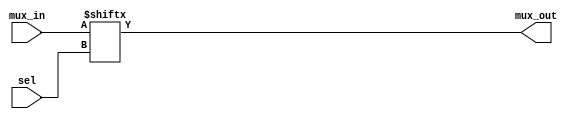
module mux_4_to_1(
  output mux_out,
  input [1:0] sel,
  input [3:0] mux_in
);

  assign mux_out = mux_in[sel];

endmodule

module mux_8_to_1(
  output mux_out,
  input [2:0] sel,
  input [7:0] mux_in
);

  assign mux_out = mux_in[sel];

endmodule

module demux_1_to_2_pol(
  input  mux_in,
  input  pol,
  input  sel,
  output [1:0] mux_out
);

  assign mux_out[0] = (mux_in & ~sel) ^ pol;
  assign mux_out[1] = (mux_in &  sel) ^ pol;

endmodule

module demux_1_to_4_pol(
  input  mux_in,
  input  pol,
  input  [1:0] sel,
  output [3:0] mux_out
);

  assign mux_out[0] = (mux_in &  ~sel[1] &~sel[0]) ^ pol;
  assign mux_out[1] = (mux_in &  ~sel[1] & sel[0]) ^ pol;
  assign mux_out[2] = (mux_in &   sel[1] &~sel[0]) ^ pol;
  assign mux_out[3] = (mux_in &   sel[1] & sel[0]) ^ pol;

endmodule

module demux_1_to_8_pol(
  input  mux_in,
  input  pol,
  input  [2:0] sel,
  output [7:0] mux_out
);

  assign mux_out[0] = (mux_in & ~sel[2] & ~sel[1] &~sel[0]) ^ pol;
  assign mux_out[1] = (mux_in & ~sel[2] & ~sel[1] & sel[0]) ^ pol;
  assign mux_out[2] = (mux_in & ~sel[2] &  sel[1] &~sel[0]) ^ pol;
  assign mux_out[3] = (mux_in & ~sel[2] &  sel[1] & sel[0]) ^ pol;
  assign mux_out[4] = (mux_in &  sel[2] & ~sel[1] &~sel[0]) ^ pol;
  assign mux_out[5] = (mux_in &  sel[2] & ~sel[1] & sel[0]) ^ pol;
  assign mux_out[6] = (mux_in &  sel[2] &  sel[1] &~sel[0]) ^ pol;
  assign mux_out[7] = (mux_in &  sel[2] &  sel[1] & sel[0]) ^ pol;

endmodule

module dff(
  input clk,
  input rst_n,
  input D,
  output reg Q
);
 
always @ (posedge(clk), negedge(rst_n))
  begin
    if (rst_n == 0)
      Q <= 1'b0;
    else
      Q <= D;
  end
 
endmodule

module clock_divider_by_2(
  input clk_in,
  input rst_n,
  output clk_out
);

  wire Q_int;

  dff ff0(.clk(clk_in),  .rst_n(rst_n),.D(~Q_int),.Q(Q_int));

  assign clk_out = Q_int;

endmodule

module clock_divider(
    input clk_in,
    input rst_n,
    input [2:0] div,
    output clk_out
  );

  wire [7:0] Q_int;

  dff ff0(.clk(clk_in),  .rst_n(rst_n),.D(~Q_int[0]),.Q(Q_int[0]));
  dff ff1(.clk(Q_int[0]),.rst_n(rst_n),.D(~Q_int[1]),.Q(Q_int[1]));
  dff ff2(.clk(Q_int[1]),.rst_n(rst_n),.D(~Q_int[2]),.Q(Q_int[2]));
  dff ff3(.clk(Q_int[2]),.rst_n(rst_n),.D(~Q_int[3]),.Q(Q_int[3]));
  dff ff4(.clk(Q_int[3]),.rst_n(rst_n),.D(~Q_int[4]),.Q(Q_int[4]));
  dff ff5(.clk(Q_int[4]),.rst_n(rst_n),.D(~Q_int[5]),.Q(Q_int[5]));
  dff ff6(.clk(Q_int[5]),.rst_n(rst_n),.D(~Q_int[6]),.Q(Q_int[6]));
  dff ff7(.clk(Q_int[6]),.rst_n(rst_n),.D(~Q_int[7]),.Q(Q_int[7]));

  mux_8_to_1 s0(
    .mux_out(clk_out),
    .sel(div),
    .mux_in(Q_int)
  );

endmodule

// ----------------------------------------------------------------
module  mux_2x1_1bit(
   input  in0,  // Mux first input
   input  in1,  // Mux Second input
   input  sel,    // Select input
   output wire mux_out // Mux output
);

  assign mux_out = (sel) ? in1 : in0;
endmodule 


// ----------------------------------------------------------------

module shift_reg_9bits (  
  input clock,           // input for clock to all flops in the shift register
  input reset_n,         // input to reset the register to a default value
  input en,              // input for enable to switch the shift register on/off
  input d,               // input for data to the first flop in the shift register
  output reg [8:0] out  // output to read out the current value of all register bits
);
 
  always @ (posedge (clock) or negedge(reset_n))
    begin
      if(reset_n == 1'b0)
        out <= 0;
      else 
        begin
          if(en == 1'b1)
            out <= {out[7:0], d};
          else
            out <= out;
        end
    end

endmodule

// ----------------------------------------------------------------
module downCounter8Bits (
  input  wire clock,
  input  wire reset_n,
  input  wire load,
  input  wire en,
  input  wire [7:0] data_in,
  output wire [7:0] count
);
 
  reg  [7:0] r_reg;
  wire [7:0] r_next;
 
  always @(posedge clock, posedge load, negedge reset_n)
    begin
      if (reset_n == 1'b0)
        r_reg <= 8'b000000;
      else
	if(load == 1'b1)
          r_reg <= data_in;
	else
	  if(en == 1'b0)
            r_reg <= r_reg;
          else
            if(r_reg == 8'b00000000)
              r_reg <= 8'b00000000;
            else
              r_reg <= r_next;
    end 

  assign count  = r_reg;
  assign r_next = r_reg-1;

endmodule

// ----------------------------------------------------------------
module downCounter16Bits (
  input  wire clock,
  input  wire reset_n,
  input  wire load,
  input  wire en,
  input  wire [15:0] data_in,
  output wire [15:0] count
);
 
  reg  [15:0] r_reg;
  wire [15:0] r_next;
 
  always @(posedge clock, posedge load, negedge reset_n)
    begin
      if (reset_n == 1'b0)
        r_reg <= 16'b00000000000000;
      else
	if(load == 1'b1)
          r_reg <= data_in;
	else
	  if(en == 1'b0)
            r_reg <= r_reg;
          else
            if(r_reg == 16'b0000000000000000)
              r_reg <= 16'b0000000000000000;
            else
              r_reg <= r_next;
    end 

  assign count  = r_reg;
  assign r_next = r_reg-1;

endmodule

// ----------------------------------------------------------------
module register_2bits (
  input clock, 
  input reset_n, 
  input [1:0] data_in,
  output reg [1:0] data_out
);

  always @(posedge(clock) or negedge(reset_n)) 
    begin 
      if (reset_n == 1'b0) 
        data_out <= 2'b00; 
      else 
        data_out <= data_in; 
    end 
endmodule

// ----------------------------------------------------------------
module register_4bits (
  input clock, 
  input reset_n, 
  input [3:0] data_in,
  output reg [3:0] data_out
);

  always @(posedge(clock) or negedge(reset_n)) 
    begin 
      if (reset_n == 1'b0) 
        data_out <= 4'b0000; 
      else 
        data_out <= data_in; 
    end 
endmodule

// ----------------------------------------------------------------
module register_16bits (
    input clock, 
    input reset_n, 
    input [15:0] data_in,
    output reg [15:0] data_out
  ); 
 
  always @(posedge(clock) or negedge(reset_n)) 
    begin 
      if (reset_n == 1'b0) 
        data_out <= 16'h0000; 
      else 
        data_out <= data_in; 
    end 
endmodule 

// ----------------------------------------------------------------
module register_32bits (
    input clock, 
    input reset_n, 
    input [31:0] data_in,
    output reg [31:0] data_out
  ); 
 
  always @(posedge(clock) or negedge(reset_n)) 
    begin 
      if (reset_n == 1'b0) 
        data_out <= 32'h00000000; 
      else 
        data_out <= data_in; 
    end 
endmodule